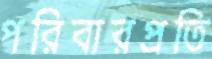
পরিবারপ্রতি